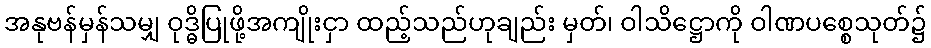
အနုဗန်မှန်သမျှ ဝုဒ္ဓိပြုဖို့အကျိုးငှာ ထည့်သည်ဟုချည်း မှတ်၊ ဝါသိဋ္ဌောကို ဝါဏပစ္စေသုတ်၌